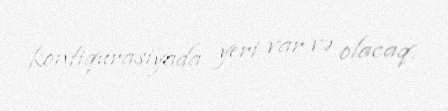
konfiqurasiyada yeri var və olacaq.